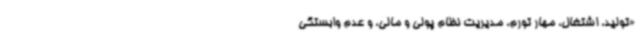
«تولید، اشتغال، مهار تورم، مدیریت نظام پولی و مالی، و عدم وابستگی